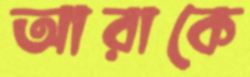
আরাকে